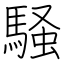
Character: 騒